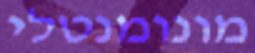
מונומנטלי